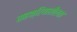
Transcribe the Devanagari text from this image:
सहक्रियाशीलता